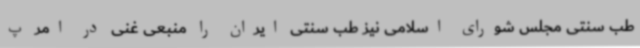
طب سنتی مجلس شورای اسلامی نیز طب سنتی ایران را منبعی غنی در امر پ